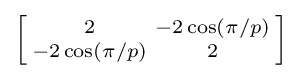
\left[{\begin{smallmatrix}2&-2\cos(\pi /p)\\-2\cos(\pi /p)&2\end{smallmatrix}}\right]